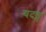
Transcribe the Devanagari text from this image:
यदङ्ग